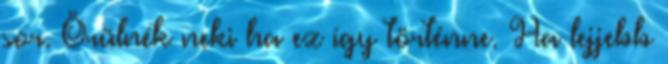
sor. Örülnék neki ha ez így történne. Ha lejjebb